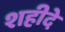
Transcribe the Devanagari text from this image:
शहीदे